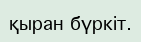
қыран бүркіт.